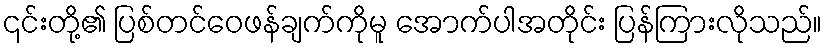
၎င်းတို့၏ ပြစ်တင်ဝေဖန်ချက်ကိုမူ အောက်ပါအတိုင်း ပြန်ကြားလိုသည်။